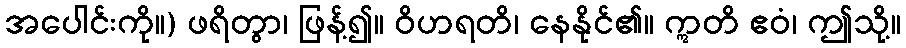
အပေါင်းကို။) ဖရိတွာ၊ ဖြန့်၍။ ဝိဟရတိ၊ နေနိုင်၏။ ဣတိ ဧဝံ၊ ဤသို့။